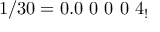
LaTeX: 1 / 3 0 = 0 . 0 \ 0 \ 0 \ 0 \ 4 _ { ! }